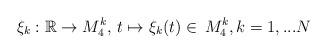
LaTeX: \begin{align*}{\xi_k}:\mathbb{R}\to M^k_4,\, t\mapsto \xi_{k}(t)\in \,M^k_4,k=1,...N\end{align*}